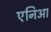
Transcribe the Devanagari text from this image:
एनिआ